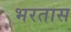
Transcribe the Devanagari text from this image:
भरतास